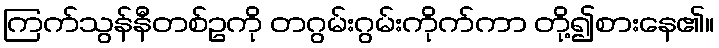
ကြက်သွန်နီတစ်ဥကို တဂွမ်းဂွမ်းကိုက်ကာ တို့၍စားနေ၏။